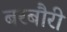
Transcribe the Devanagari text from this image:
बरबौरी